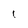
Character: l